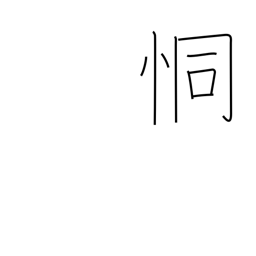
Meaning: fearful